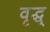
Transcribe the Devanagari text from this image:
वृद्ध्